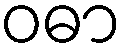
ဝဓာ